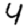
Digit: 4